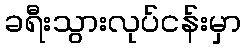
ခရီးသွားလုပ်ငန်းမှာ